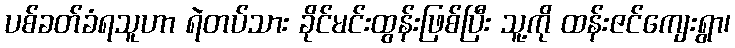
ပစ်ခတ်ခံရသူဟာ ရဲတပ်သား ခိုင်မင်းထွန်းဖြစ်ပြီး သူ့ကို ထန်းဇင်ကျေးရွာ၊